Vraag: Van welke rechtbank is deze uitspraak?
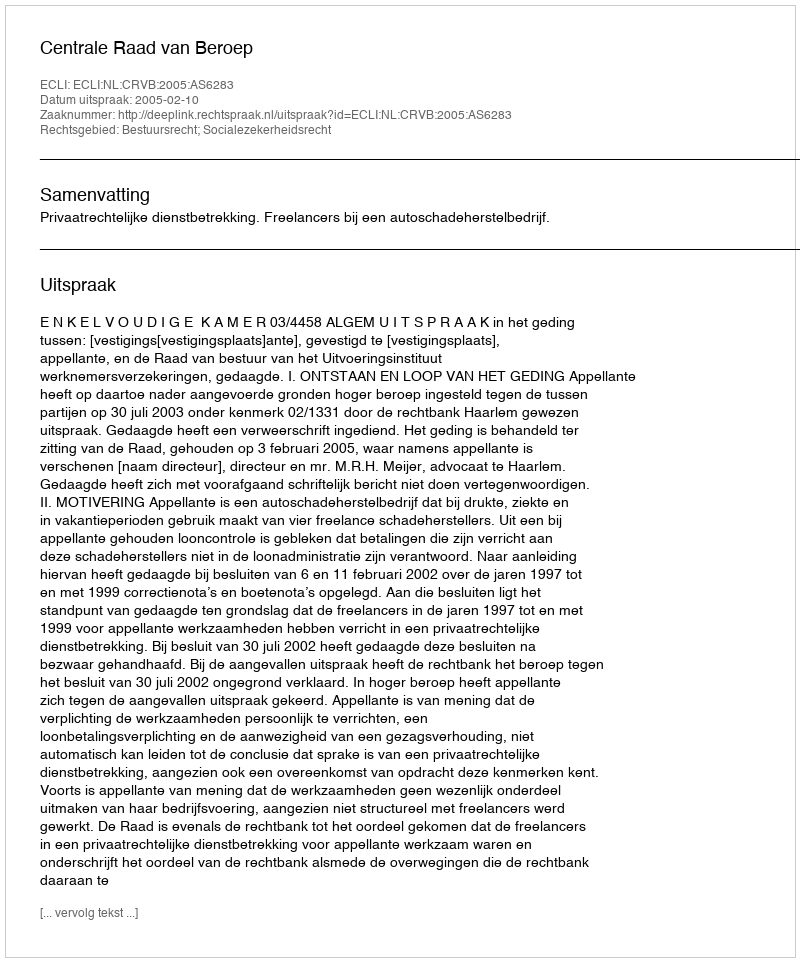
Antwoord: Centrale Raad van Beroep